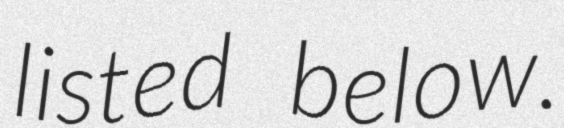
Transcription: listed below.